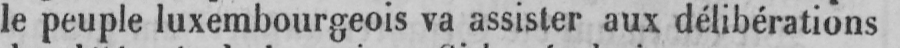
le peuple luxembourgeois va assister aux délibérations